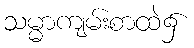
သမ္မာကျမ်းစာထဲ၌